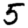
Digit: 5